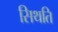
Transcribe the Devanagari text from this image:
सिथति